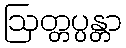
ဩတ္တပ္ပန္တာ